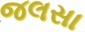
જલસા